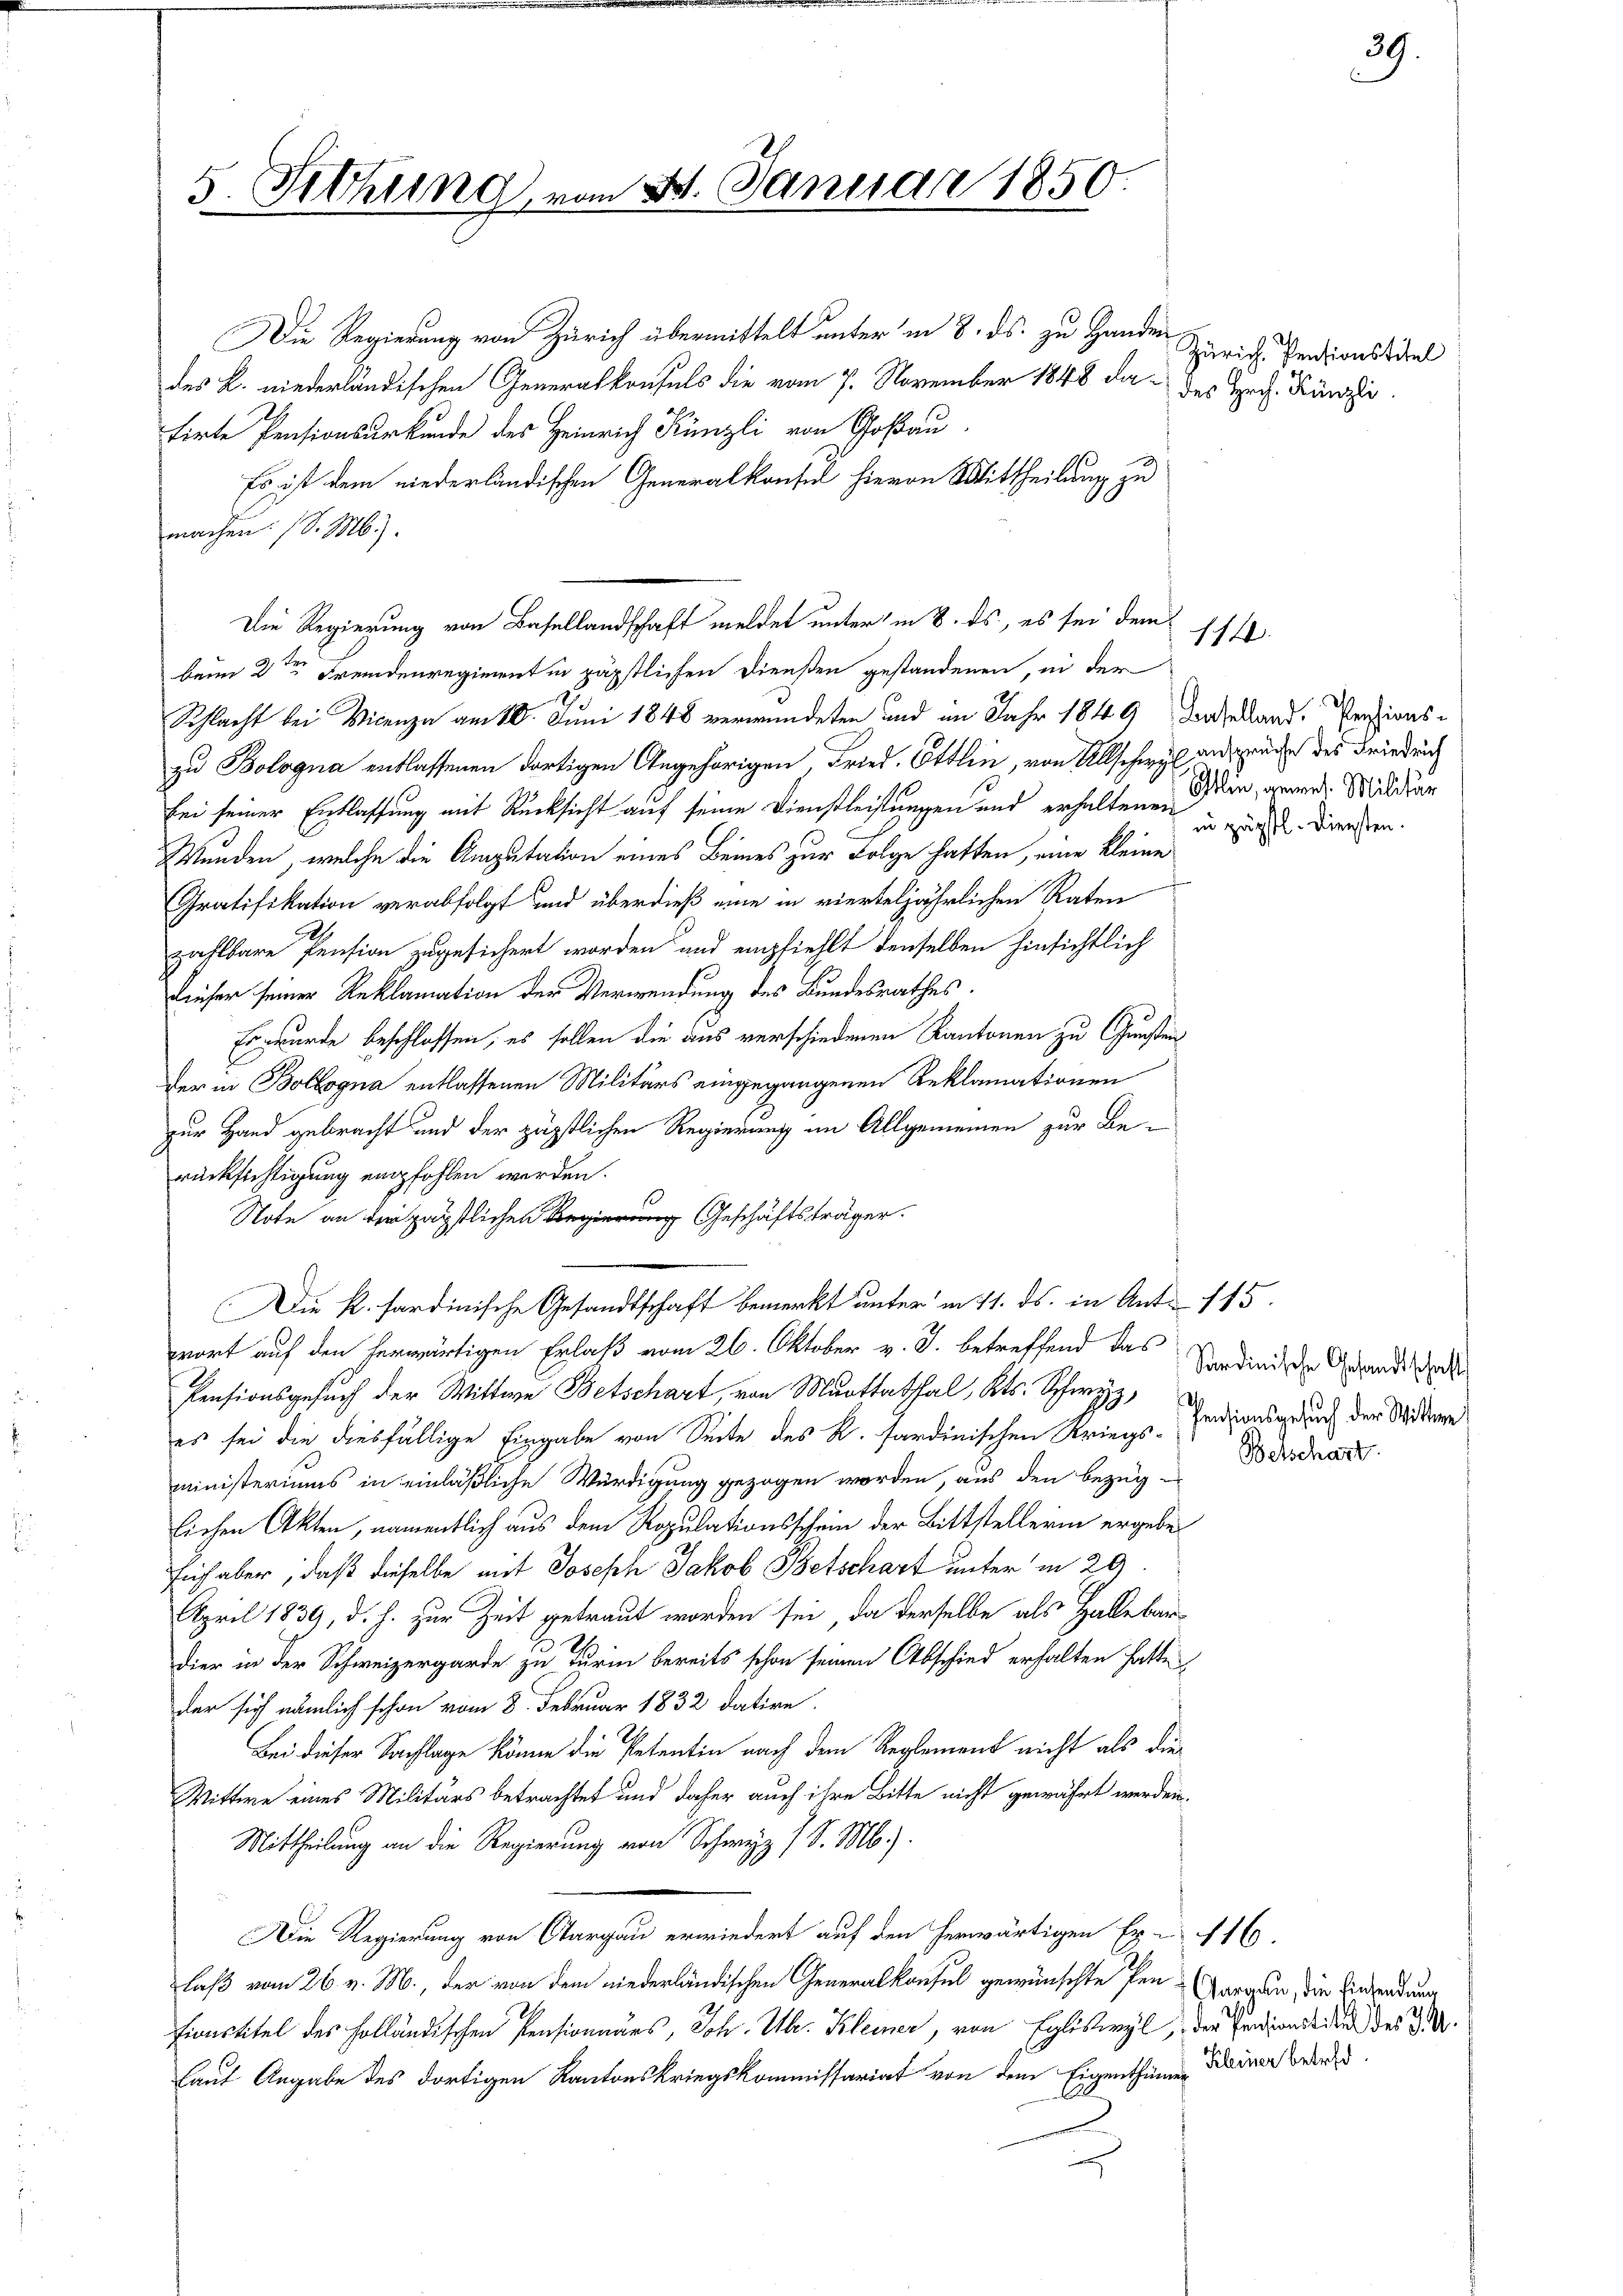
5. Sichung vom 8. Januar 1850.

Die Regierung von Basellandschaft meldet unter in 8. ds., es sei dem

Die Regierung von Zürich übermittelt unter in 8. ds. zu Handen
des L. niederländischen Generalkonsuls die vom 7. November 1848 da des Hoch. Künzi
tirte Pensionsurkunde des Heinrich Künzli von Goßau
Es ist dem niederländischen Generalkonsul hievon Mittheilung zu
machen. (S. M.)
beim 2ten Fremdenregiment in päpstlichen Diensten gestandenen, in der
Schlacht bei Vicenza am 10. Juni 1848 verwundeten und im Jahr 1849 Baselland Pensionszu Bologna entlassenen dortigen Angehörigen, Fried. Öttlin, von Allschweil ansprüche des Friedrich
bei seiner Entlassung mit Rücksicht auf seine Dienstleistungen und erhaltene Dein, gern. Milder
Wunden, welche die Amputation eines Beines zur Folge hatten, eine kleine
Gratifikation verabfolgt und überdieß eine in vierteljährlichen Raten
zahlbare Pension zugesichert worden und empfiehlt denselben hinsichtlich
Liefer seiner Reklamation der Verwendung des Bundesrathes.
Er wurde beschlossen, es sollen die aus verschiedenen Kantonen zu Gunsten
der in Bollogna entlassenen Militärs eingegangenen Reklamationen
zur Hand gebracht und der päpstlichen Regierung im Allgemeinen zur Berücksichtigung empfohlen werden.
Note an der gastliche Geschäftsträger
Die K. sardinische Gesandtschaft bemerkt unter in 11. ds. in Ant. 115.
wort auf den herwärtigen Erlaß vom 26. Oktober v. J. betreffend das
Pensionsgesuch der Wittwe Betschart, von Murtthal, Kts. Schwyz,
es sei die diesfällige Eingabe von Seite des R. sardinischen Kriegs-
ministeriums in einläßliche Würdigung gezogen worden, aus den Bezuglichen Akten, namentlich aus dem Ropulationsschein der Bittstellerin ergebe
sich aber, daß dieselbe mit Joseph Jakob Betschart unter in 29.
April 1839, d. h. zur Zeit getraut worden sei, da derselbe als Halle bar
dier in der Schweizergarde zu Turin bereits schon seinen Abschied erhalten hatte,
der sich nämlich schon vom 8. Februar 1832 datire.
Bei dieser Sachlage könne die Petentin nach den Reglemens nicht als die
Wittwe eines Militärs betrachtet und daher auch ihre Bitte nicht gewährt werden.
Mittheilung an die Regierung von Schwyz I S. M.).
Die Regierung von Aargau erwiedert auf den herwärtigen Er- 116.
laß vom 26. v. M., der von dem niederländischen Generalkonsul gewünschte den Horgen, die Einsendung
Finstitel des Holländischen Pensionärs, Joh. Ub. Kleiner, von Egliswyl, der Ferdiens die der 3.
Laut Angabe des dortigen Kantonskriegskommissariat von dem Eigenthümer Diner Brands

Zürich. Pensionstitel

in päpstl. Diensten.

114.

Sardinische Gesandtschaft
Pensionsgesuch der Wittwe
Betschart.

0